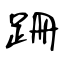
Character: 跚